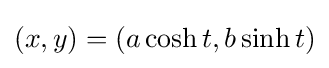
(x,y)=(a\cosh t,b\sinh t)